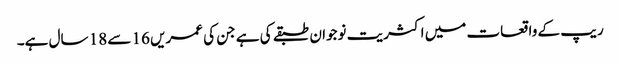
ریپ کے واقعات میں اکثریت نوجوان طبقے کی ہے جن کی عمریں 16 سے 18 سال ہے۔